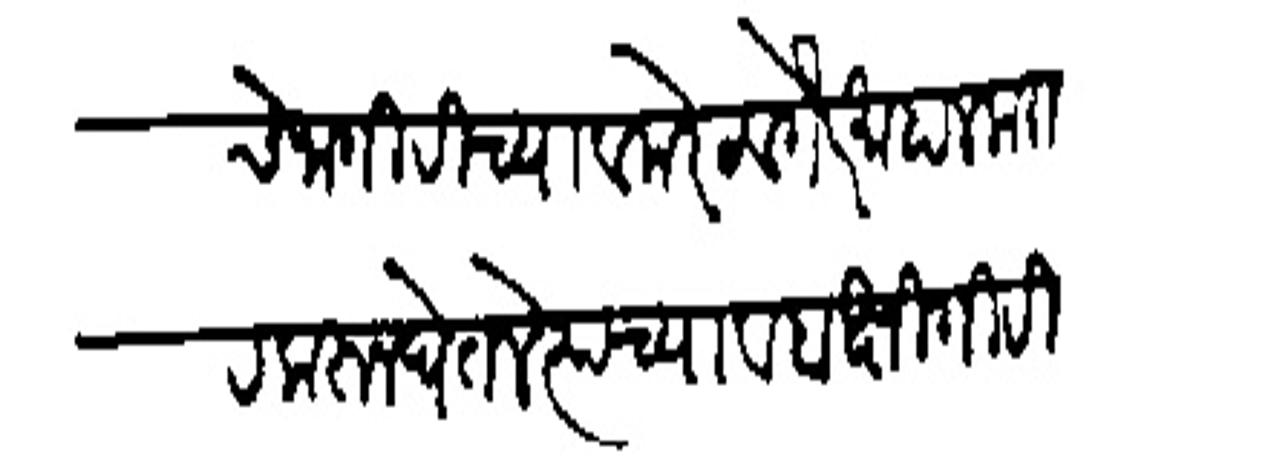
Transliteration (Devanagari): चे जागिरीच्या व मेरठ वगैरे माहाल करार करून घेतले त्याच्या व बक्षिगिरी